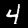
Digit: 4